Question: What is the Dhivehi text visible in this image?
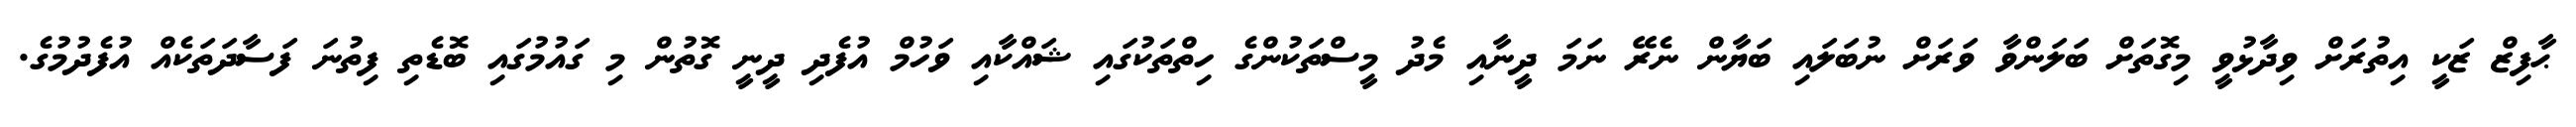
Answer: ޙާފިޒް ޒަކީ އިތުރަށް ވިދާޅުވީ މިގޮތަށް ބަލަންވާ ވަރަށް ނުބަލައި ބަޔާން ނެރޭ ނަމަ ދީނާއި މެދު މީސްތަކުންގެ ހިތްތަކުގައި ޝައްކާއި ވަހުމް އުފެދި ދީނީ ގޮތުން މި ގައުމުގައި ބޮޑެތި ފިތުނަ ފަސާދަތަކެއް އުފެދުމުގެ.